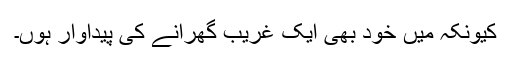
کیونکہ میں خود بھی ایک غریب گھرانے کی پیداوار ہُوں۔